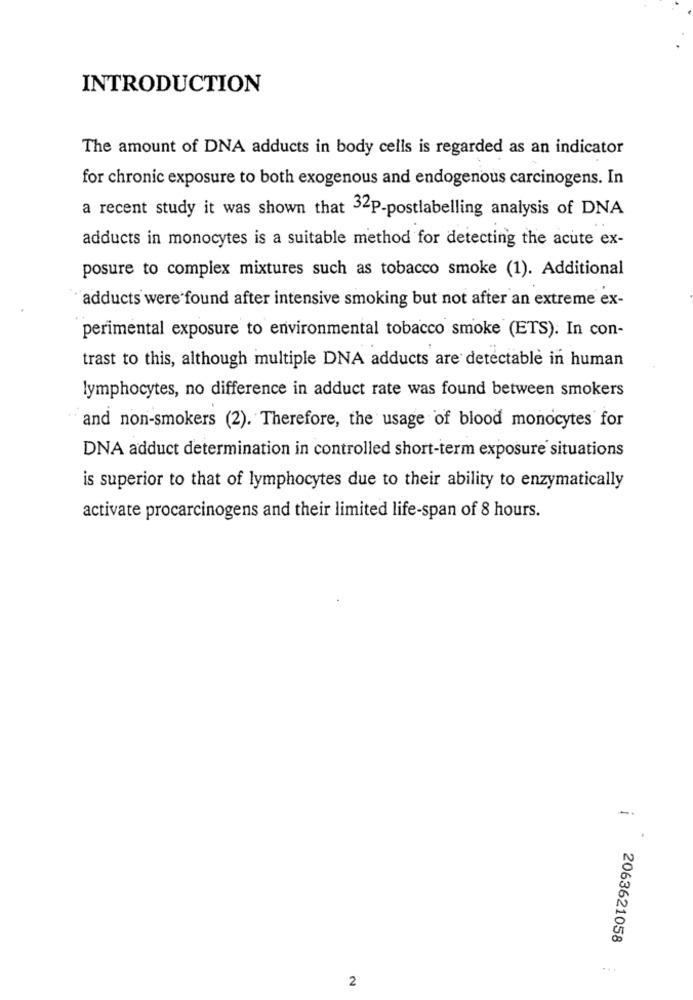
INTRODUCTION
The amount of DNA adducts in body cells is regarded as an indicator
for chronic exposure to both exogenous and endogenous carcinogens. In
a recent study it was shown that 32P-postlabelling analysis of DNA
adducts in monocytes is a suitable method for detecting the acute ex-
posure to complex mixtures such as tobacco smoke (1). Additional
adducts were found after intensive smoking but not after an extreme ex-
perimental exposure to environmental tobacco smoke (ETS). In con-
trast to this, although multiple DNA adducts are detectable in human
lymphocytes, no difference in adduct rate was found between smokers
and non-smokers (2). Therefore, the usage of blood monocytes for
DNA adduct determination in controlled short-term exposure situations
is superior to that of lymphocytes due to their ability to enzymatically
activate procarcinogens and their limited life-span of 8 hours.
2063621058
...
2